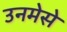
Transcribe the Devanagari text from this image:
उनमेसे